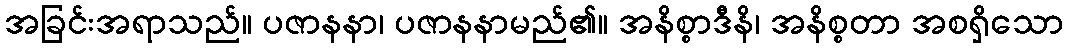
အခြင်းအရာသည်။ ပဇာနနာ၊ ပဇာနနာမည်၏။ အနိစ္စာဒီနိ၊ အနိစ္စတာ အစရှိသော